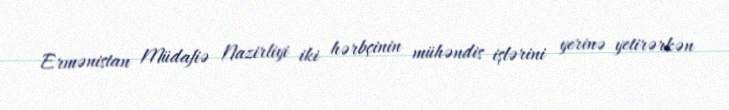
Ermənistan Müdafiə Nazirliyi iki hərbçinin mühəndis işlərini yerinə yetirərkən